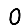
Digit: 0